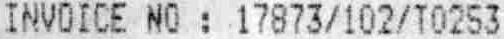
INVOICE NO : 17873/102/T0253